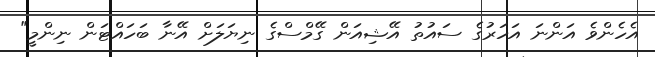
އެހެންވެ އަންނަ އަހަރުގެ ސައުތު އޭޝިއަން ގޭމްސްގެ ނިޔަލަށް އޭނާ ބަހައްޓަން ނިންމީ"